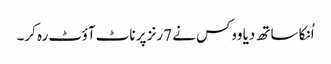
اُنکا ساتھ دیا ووکس نے 7رنز پر ناٹ آؤٹ رہ کر۔